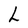
Character: L